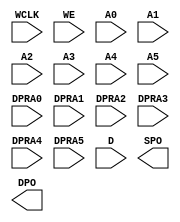
module RAM64X1D #(
    parameter  [63:0] INIT = 64'h0
)
(
    input  WCLK,
    input  WE,
    input  A0, A1, A2, A3, A4, A5,
    input  DPRA0, DPRA1, DPRA2, DPRA3, DPRA4, DPRA5,
    input  D,
    output SPO,
    output DPO
);
endmodule